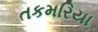
તકમરિયા